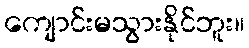
ကျောင်းမသွားနိုင်ဘူး။